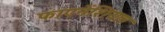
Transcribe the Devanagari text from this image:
फाएनेंशियल